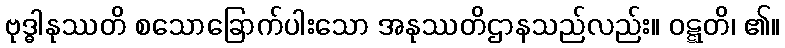
ဗုဒ္ဓါနုဿတိ စသောခြောက်ပါးသော အနုဿတိဌာနသည်လည်း။ ဝဋ္ဋတိ၊ ၏။